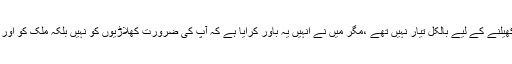
’’وسیم یہ ٹیسٹ کھیلنے کے لیے بالکل تیار نہیں تھے ،مگر میں نے انہیں یہ باور کرایا ہے کہ آپ کی ضرورت کھلاڑیوں کو نہیں بلکہ ملک کو اور قومی ٹیم کو ہے۔